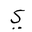
Letter: _ya